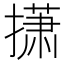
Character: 𫾃